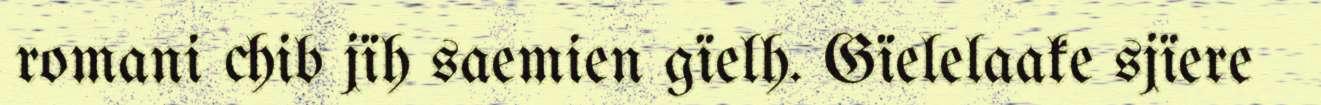
romani chib jïh saemien gïelh. Gïelelaake sjïere